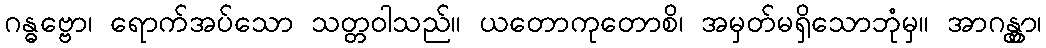
ဂန္ဓဗ္ဗော၊ ရောက်အပ်သော သတ္တဝါသည်။ ယတောကုတောစိ၊ အမှတ်မရှိသောဘုံမှ။ အာဂန္တွာ၊